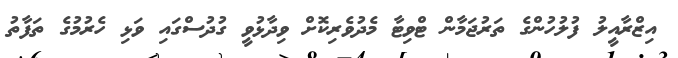
އިޒްރާއީލު ފުލުހުންގެ ތަރުޖަމާން ޓްވިޓާ މެދުވެރިކޮށް ވިދާޅުވީ ގުދުސްގައި ވަޅި ހެރުމުގެ ތަފާތު